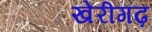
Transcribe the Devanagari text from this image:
खेरीगढ़